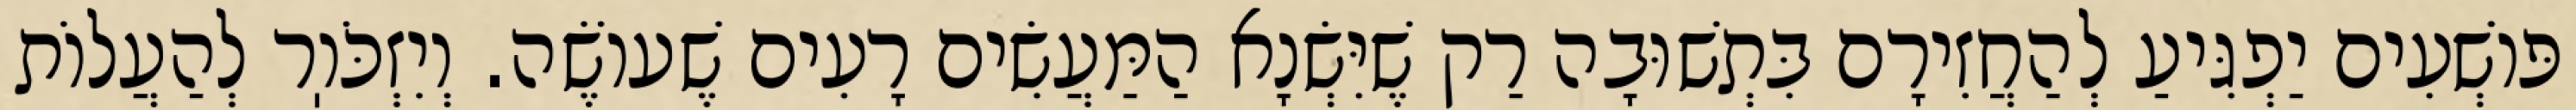
פּוֹשְׁעִים יַפְגִּיעַ לְהַחֲזִירָם בִּתְשׁוּבָה רַק שֶׁיִּשְׂנָא הַמַּעֲשִׂים רָעִים שֶׁעוֹשֶׂה. וְיִזְכֹּוֽר לְהַעֲלוֹת